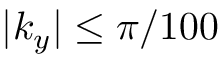
| k _ { y } | \le \pi / 1 0 0